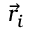
\vec { r } _ { i }